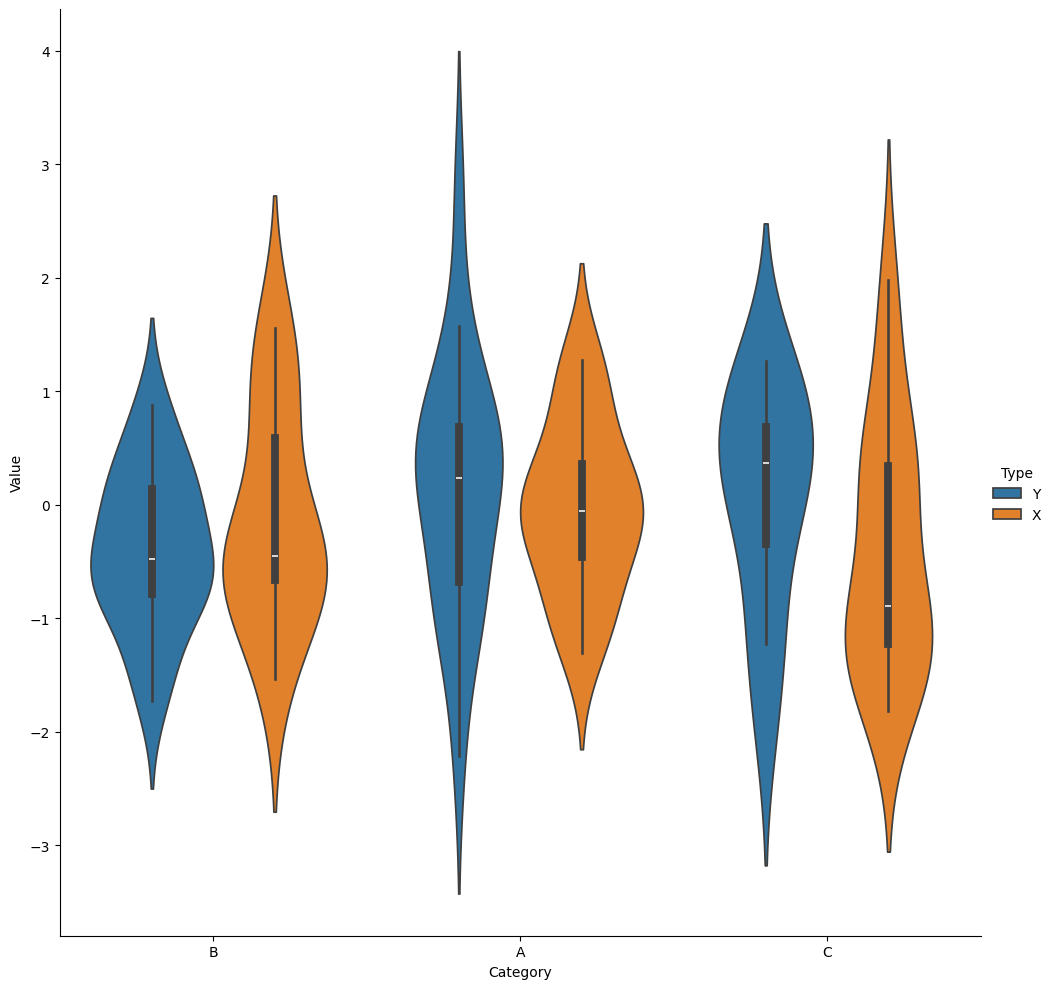
python, seaborn, catplot, kind='violin', height=10, aspect=1